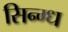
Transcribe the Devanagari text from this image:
सिन्ग्ध